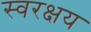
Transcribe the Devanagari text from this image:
स्वरक्षय